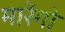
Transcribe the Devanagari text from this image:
मारेंगो